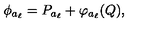
\phi _ { a _ { \ell } } = P _ { a _ { \ell } } + \varphi _ { a _ { \ell } } ( Q ) ,